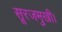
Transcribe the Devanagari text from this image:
सूरजमुखी।